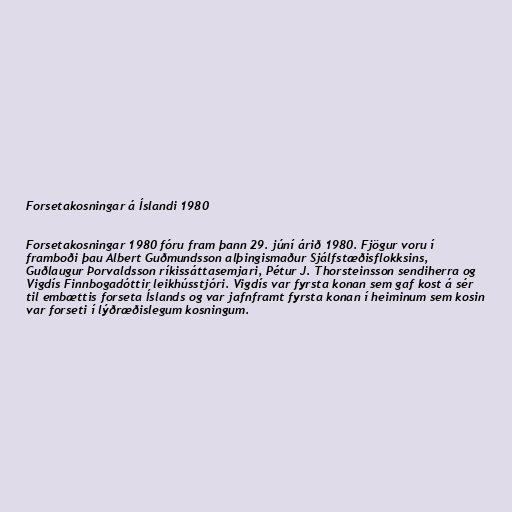
Forsetakosningar á Íslandi 1980

Forsetakosningar 1980 fóru fram þann 29. júní árið 1980. Fjögur voru í
framboði þau Albert Guðmundsson alþingismaður Sjálfstæðisflokksins,
Guðlaugur Þorvaldsson ríkissáttasemjari, Pétur J. Thorsteinsson sendiherra og
Vigdís Finnbogadóttir leikhússtjóri. Vigdís var fyrsta konan sem gaf kost á sér
til embættis forseta Íslands og var jafnframt fyrsta konan í heiminum sem kosin
var forseti í lýðræðislegum kosningum.